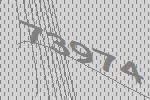
73974